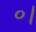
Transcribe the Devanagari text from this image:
०।